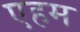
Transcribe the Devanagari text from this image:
एहम